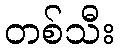
တစ်သီး